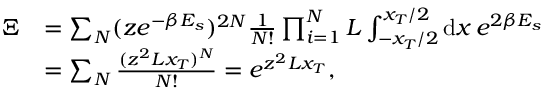
\begin{array} { r l } { \Xi } & { = \sum _ { N } ( z e ^ { - \beta E _ { s } } ) ^ { 2 N } \frac { 1 } { N ! } \prod _ { i = 1 } ^ { N } L \int _ { - x _ { T } / 2 } ^ { x _ { T } / 2 } \mathrm { d } x \, e ^ { 2 \beta E _ { s } } } \\ & { = \sum _ { N } \frac { ( z ^ { 2 } L x _ { T } ) ^ { N } } { N ! } = e ^ { z ^ { 2 } L x _ { T } } , } \end{array}